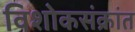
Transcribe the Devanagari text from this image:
विशोकसंक्रांत